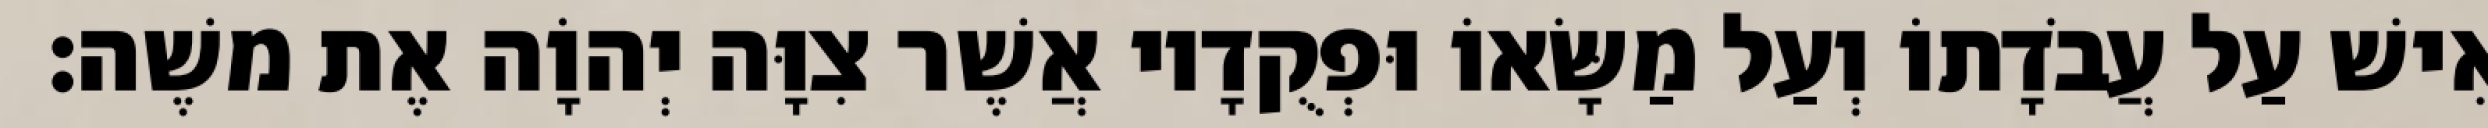
אִישׁ עַל עֲבֹדָתוֹ וְעַל מַשָּׂאוֹ וּפְקֻדָיו אֲשֶׁר צִוָּה יְהוָֹה אֶת משֶׁה׃